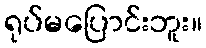
ရုပ်မပြောင်းဘူး။